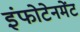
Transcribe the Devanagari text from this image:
इंफोटेनमेंट